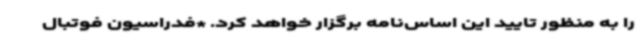
را به منظور تایید این اساس‌نامه برگزار خواهد کرد. *فدراسیون فوتبال